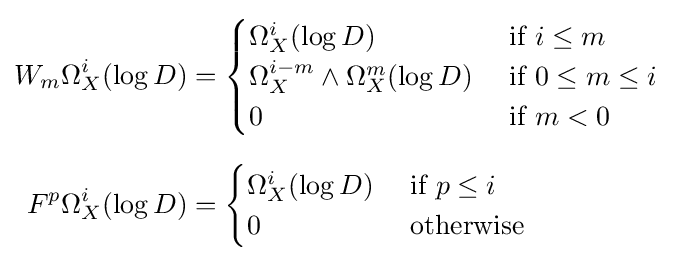
{\begin{aligned}W_{m}\Omega _{X}^{i}(\log D)&={\begin{cases}\Omega _{X}^{i}(\log D)&{\text{ if }}i\leq m\\\Omega _{X}^{i-m}\wedge \Omega _{X}^{m}(\log D)&{\text{ if }}0\leq m\leq i\\0&{\text{ if }}m<0\end{cases}}\\[6pt]F^{p}\Omega _{X}^{i}(\log D)&={\begin{cases}\Omega _{X}^{i}(\log D)&{\text{ if }}p\leq i\\0&{\text{ otherwise}}\end{cases}}\end{aligned}}